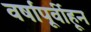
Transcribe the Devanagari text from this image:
वर्षांपूर्वीहून